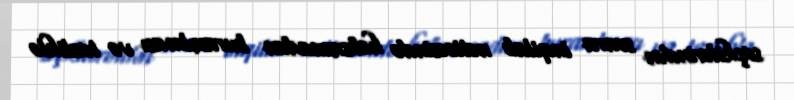
seçkilərindən sonra inqilab nəticəsində həbsxanadan buraxılması və tezliklə